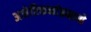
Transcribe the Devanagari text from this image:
अमेरिकनांप्रमाणे